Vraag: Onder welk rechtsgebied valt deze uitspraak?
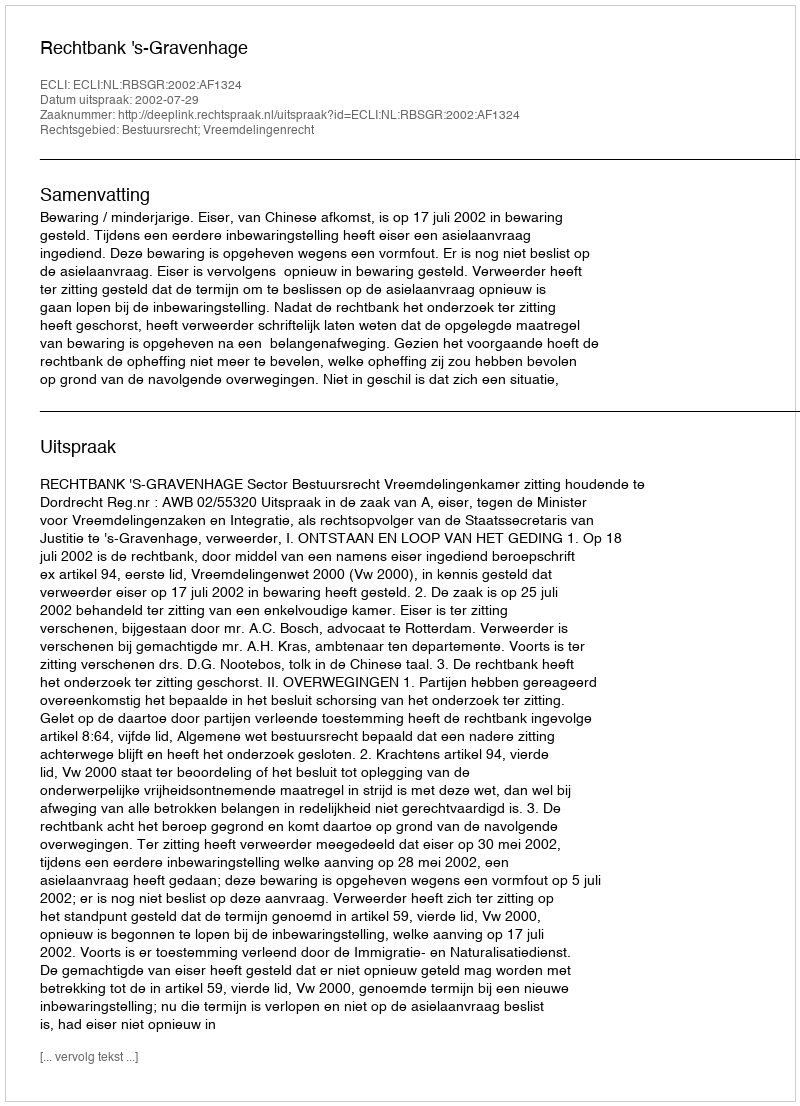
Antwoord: Bestuursrecht; Vreemdelingenrecht